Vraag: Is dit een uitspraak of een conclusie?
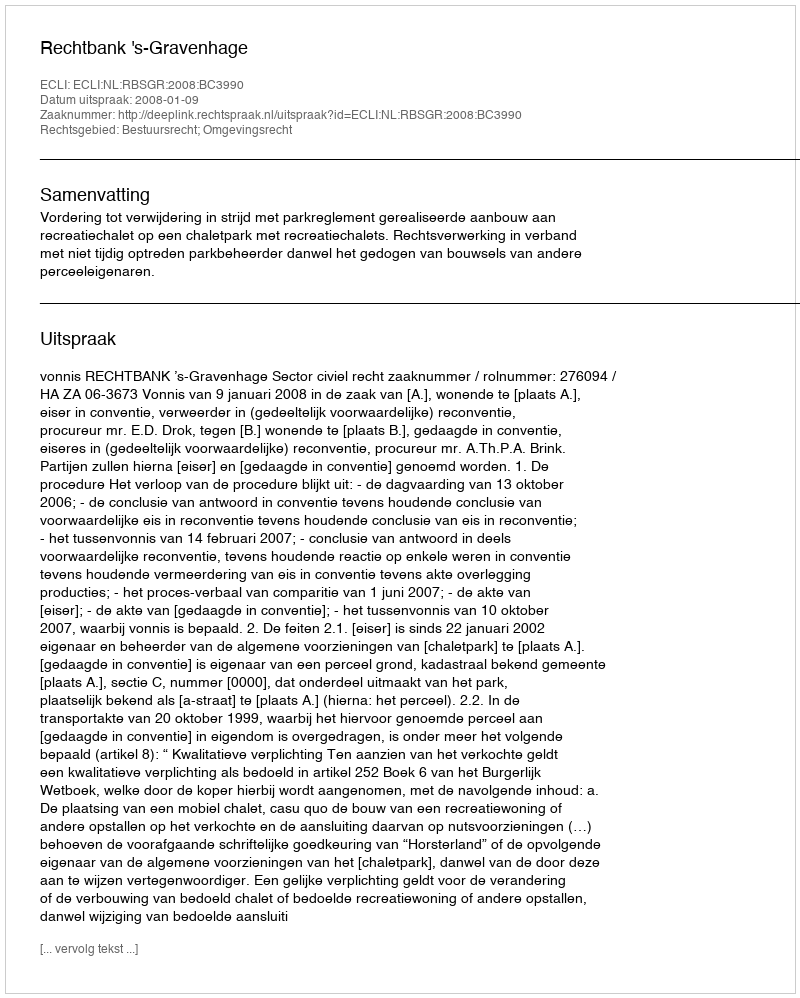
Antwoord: Uitspraak